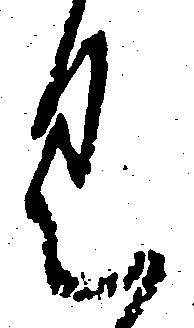
く